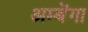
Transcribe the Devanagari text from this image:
अम्बेंगा